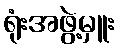
ရုံးအဖွဲ့မှူး